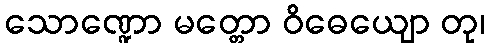
သောဏ္ဍော မတ္တော ဝိဓေယျော တု၊